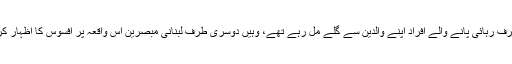
جہاں ایک طرف رہائی پانے والے افراد اپنے والدین سے گلے مل رہے تھے، وہیں دوسری طرف لبنانی مبصرین اس واقعہ پر افسوس کا اظہار کر رہے تھے۔